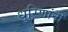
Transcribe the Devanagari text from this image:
धुरिणांनी